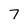
Character: 7